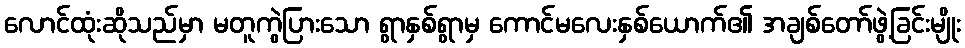
လောင်ထုံးဆိုသည်မှာ မတူကွဲပြားသော ရွာနှစ်ရွာမှ ကောင်မလေးနှစ်ယောက်၏ အချစ်တော်ဖွဲ့ခြင်းမျိုး